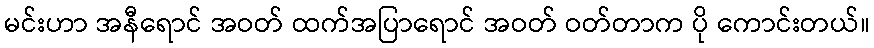
မင်းဟာ အနီရောင် အဝတ် ထက်အပြာရောင် အဝတ် ဝတ်တာက ပို ကောင်းတယ်။